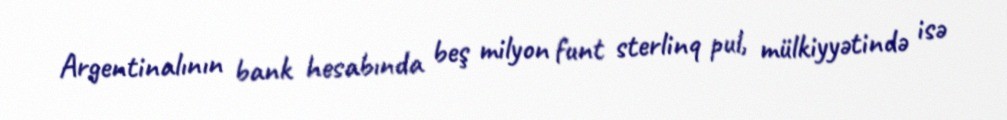
Argentinalının bank hesabında beş milyon funt sterlinq pul, mülkiyyətində isə